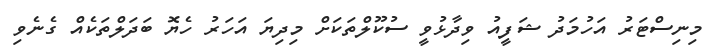
މިނިސްޓަރު އަހުމަދު ޝަފީއު ވިދާޅުވީ ސުކޫލްތަކަށް މިދިޔަ އަހަރު ހެޔޮ ބަދަލްތަކެއް ގެނެވި